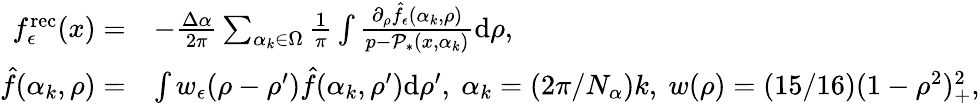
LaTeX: \begin{array}{rl}{f_{\epsilon}^{\mathrm{rec}}(x)=}&{-\frac{\Delta\alpha}{2\pi}\sum_{\alpha_{k}\in\Omega}\frac{1}\pi\int\frac{\partial_{\rho}\hat{f}_{\epsilon}(\alpha_{k},\rho)}{p-\mathcal P_{*}(x,\alpha_{k})}\mathrm{d}\rho,}\\ {\hat{f}(\alpha_{k},\rho)=}&{\int w_{\epsilon}(\rho-\rho’)\hat{f}(\alpha_{k},\rho’)\mathrm{d}\rho’,\ \alpha_{k}=(2\pi/N_{\alpha})k,\ w(\rho)=(15/16)(1-\rho^{2})_{+}^{2},}\end{array}